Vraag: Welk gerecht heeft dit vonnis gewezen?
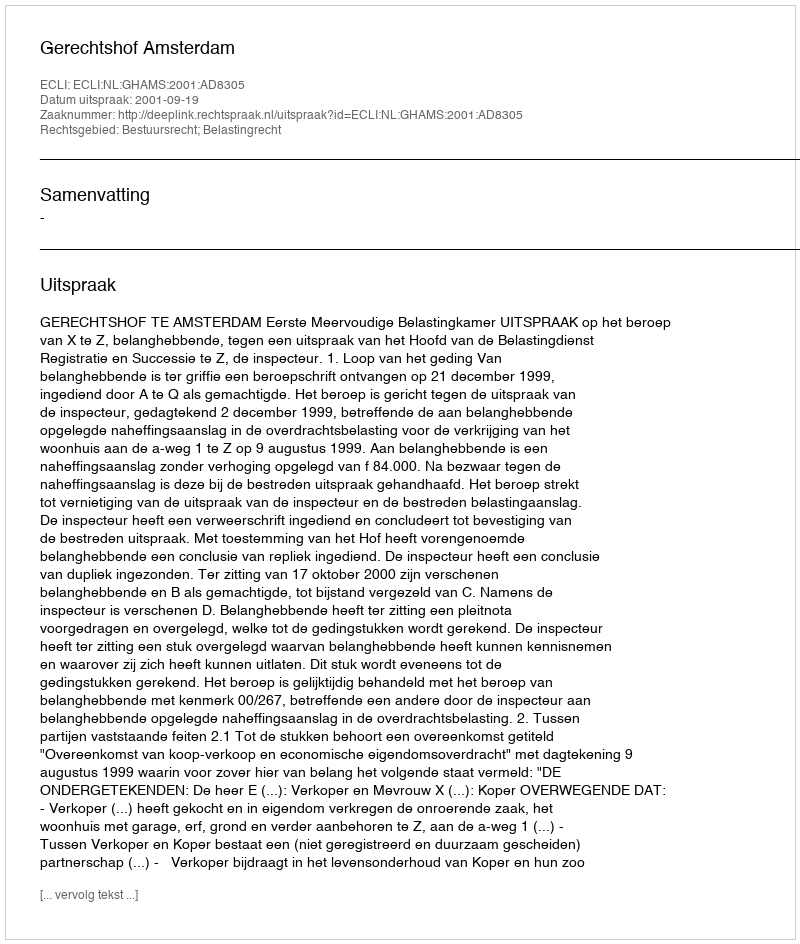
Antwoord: Gerechtshof Amsterdam